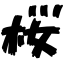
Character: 桜